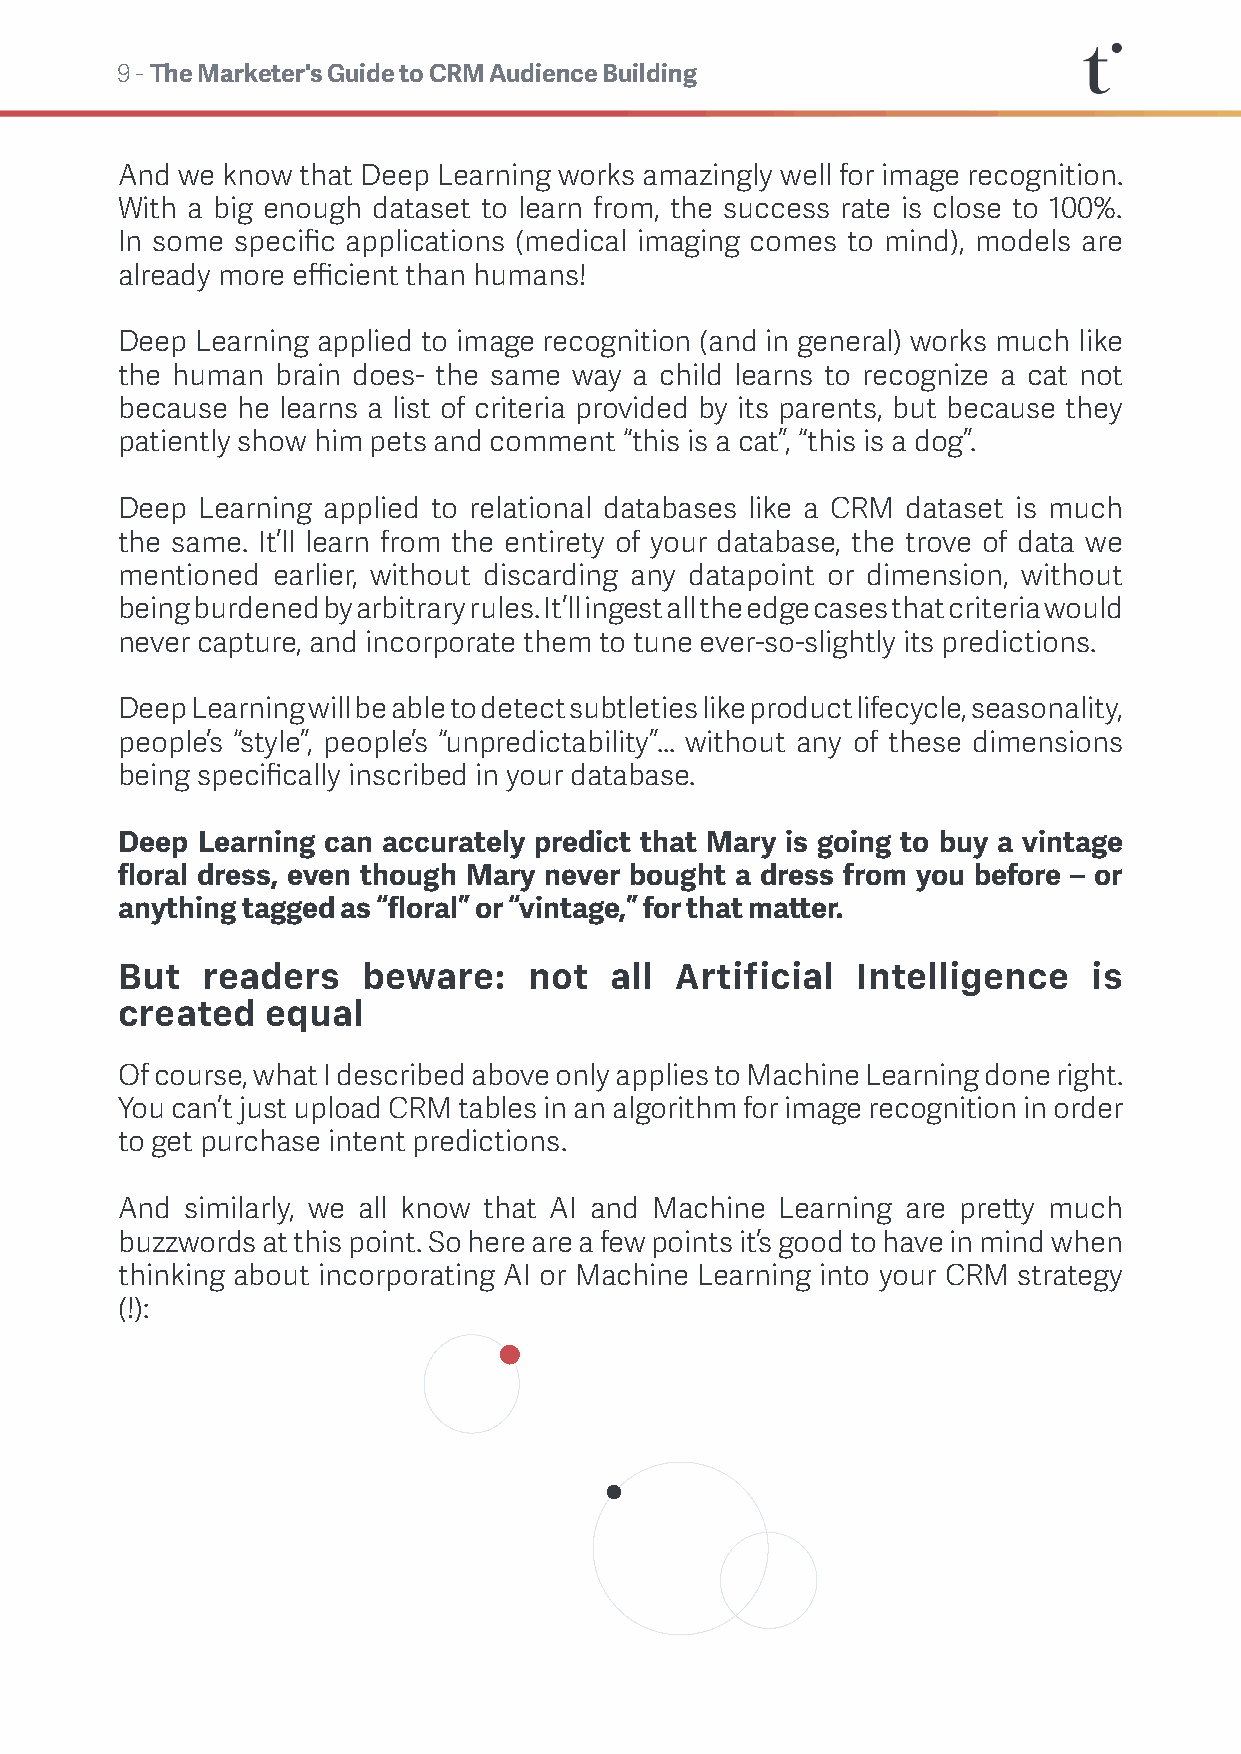
9 - The Marketer's Guide to CRM Audience Building
 And we know that Deep Learning works amazingly well for image recognition.
 With a big enough dataset to learn from, the success rate is close to 100%.
 In some specific applications (medical imaging comes to mind), models are
 already more efficient than humans!
 Deep Learning applied to image recognition (and in general) works much like
 the human brain does- the same way a child learns to recognize a cat not
 because he learns a list of criteria provided by its parents, but because they
 patiently show him pets and comment “this is a cat”, “this is a dog”.
 Deep Learning applied to relational databases like a CRM dataset is much
 the same. It’ll learn from the entirety of your database, the trove of data we
 mentioned earlier, without discarding any datapoint or dimension, without
 being burdened by arbitrary rules. It’ll ingest all the edge cases that criteria would
 never capture, and incorporate them to tune ever-so-slightly its predictions.
 Deep Learning will be able to detect subtleties like product lifecycle, seasonality,
 people’s “style”, people’s “unpredictability”... without any of these dimensions
 being specifically inscribed in your database.
 Deep Learning can accurately predict that Mary is going to buy a vintage
 floral dress, even though Mary never bought a dress from you before – or
 anything tagged as “floral” or “vintage,” for that matter.
 But  readers    beware:    not  all  Artificial  Intelligence   is
 created   equal
 Of course, what I described above only applies to Machine Learning done right.
 You can’t just upload CRM tables in an algorithm for image recognition in order
 to get purchase intent predictions.
 And similarly, we all know that AI and Machine Learning are pretty much
 buzzwords at this point. So here are a few points it’s good to have in mind when
 thinking about incorporating AI or Machine Learning into your CRM strategy
 (!):